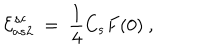
{ \cal E } _ { a s 2 } ^ { s c } \ = \ \frac 1 4 C _ { s } F ( 0 ) \ ,